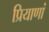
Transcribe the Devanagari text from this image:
प्रियाणां